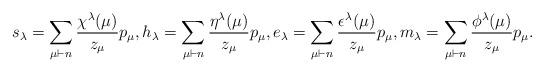
LaTeX: \begin{align*} s_\lambda = \sum_{\mu \vdash n} \frac{\chi^\lambda(\mu)}{z_\mu} p_\mu, h_\lambda = \sum_{\mu \vdash n} \frac{\eta^\lambda(\mu)}{z_\mu} p_\mu, e_\lambda = \sum_{\mu \vdash n} \frac{\epsilon^\lambda(\mu)}{z_\mu} p_\mu, m_\lambda = \sum_{\mu \vdash n} \frac{\phi^\lambda(\mu)}{z_\mu} p_\mu. \end{align*}